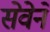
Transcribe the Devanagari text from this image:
सेवेनें